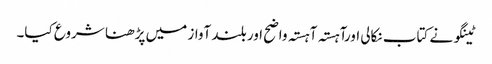
ٹینگو نے کتاب نکالی اورآہستہ آہستہ واضح اور بلند آواز میں پڑھنا شروع کیا۔